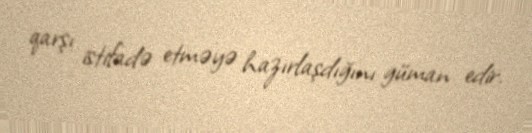
qarşı istifadə etməyə hazırlaşdığını güman edir.